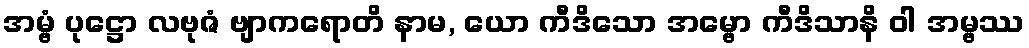
အမ္ဗံ ပုဋ္ဌော လဗုဇံ ဗျာကရောတိ နာမ, ယော ကီဒိသော အမ္ဗော ကီဒိသာနိ ဝါ အမ္ဗဿ